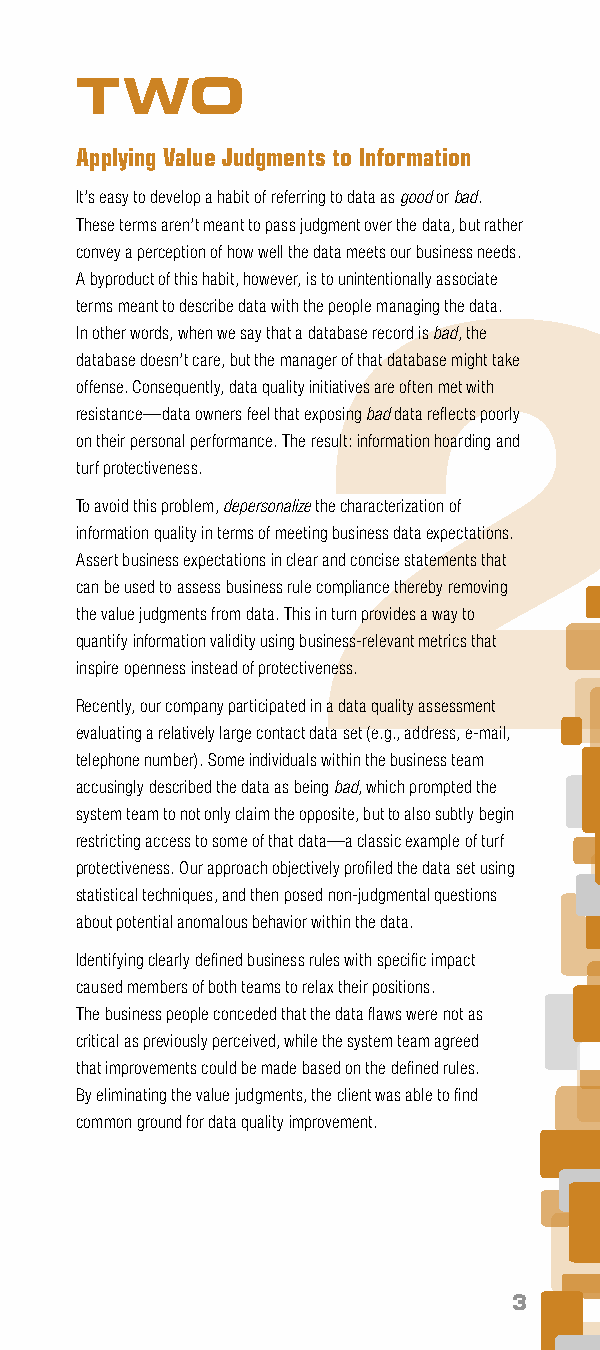
1
 TWO
 Applying Value Judgments to Information
 It’s easy to develop a habit of referring to data as good or bad.
 These terms aren’t meant to pass judgment over the data, but rather
 convey a perception of how well the data meets our business needs.
 A byproduct of this habit, however, is to unintentionally associate
 2
 terms meant to describe data with the people managing the data.
 In other words, when we say that a database record is bad, the
 database doesn’t care, but the manager of that database might take
 offense. Consequently, data quality initiatives are often met with
 resistance—data owners feel that exposing bad data reflects poorly
 on their personal performance. The result: information hoarding and
 turf protectiveness.
 To avoid this problem, depersonalize the characterization of
 information quality in terms of meeting business data expectations.
 Assert business expectations in clear and concise statements that
 can be used to assess business rule compliance thereby removing
 the value judgments from data. This in turn provides a way to
 quantify information validity using business-relevant metrics that
 inspire openness instead of protectiveness.
 Recently, our company participated in a data quality assessment
 evaluating a relatively large contact data set (e.g., address, e-mail,
 telephone number). Some individuals within the business team
 accusingly described the data as being bad, which prompted the
 system team to not only claim the opposite, but to also subtly begin
 restricting access to some of that data—a classic example of turf
 protectiveness. Our approach objectively profiled the data set using
 statistical techniques, and then posed non-judgmental questions
 about potential anomalous behavior within the data.
 Identifying clearly defined business rules with specific impact
 caused members of both teams to relax their positions.
 The business people conceded that the data flaws were not as
 critical as previously perceived, while the system team agreed
 that improvements could be made based on the defined rules.
 By eliminating the value judgments, the client was able to find
 common ground for data quality improvement.
 3